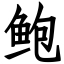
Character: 鲍